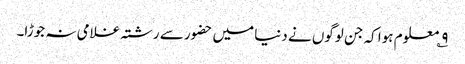
۹؎ معلوم ہوا کہ جن لوگوں نے دنیا میں حضور سے رشتہ غلامی نہ جوڑا۔